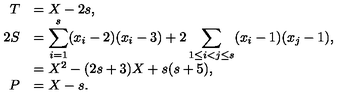
\begin{array} { r l } { T } & { = X - 2 s , } \\ { 2 S } & { = \displaystyle \sum _ { i = 1 } ^ { s } ( x _ { i } - 2 ) ( x _ { i } - 3 ) + 2 \sum _ { 1 \le i < j \le s } ( x _ { i } - 1 ) ( x _ { j } - 1 ) , } \\ { } & { = X ^ { 2 } - ( 2 s + 3 ) X + s ( s + 5 ) , } \\ { P } & { = X - s . } \\ \end{array}